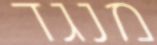
מנגד